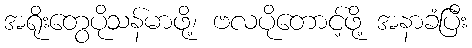
အရိုးတွေပိုသန်မာဖို့၊ ဗလပိုတောင့်ဖို့ အနာခံပြီး